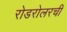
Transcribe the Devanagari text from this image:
रोडरोलरची